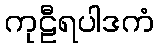
ကုဠီရပါဒကံ